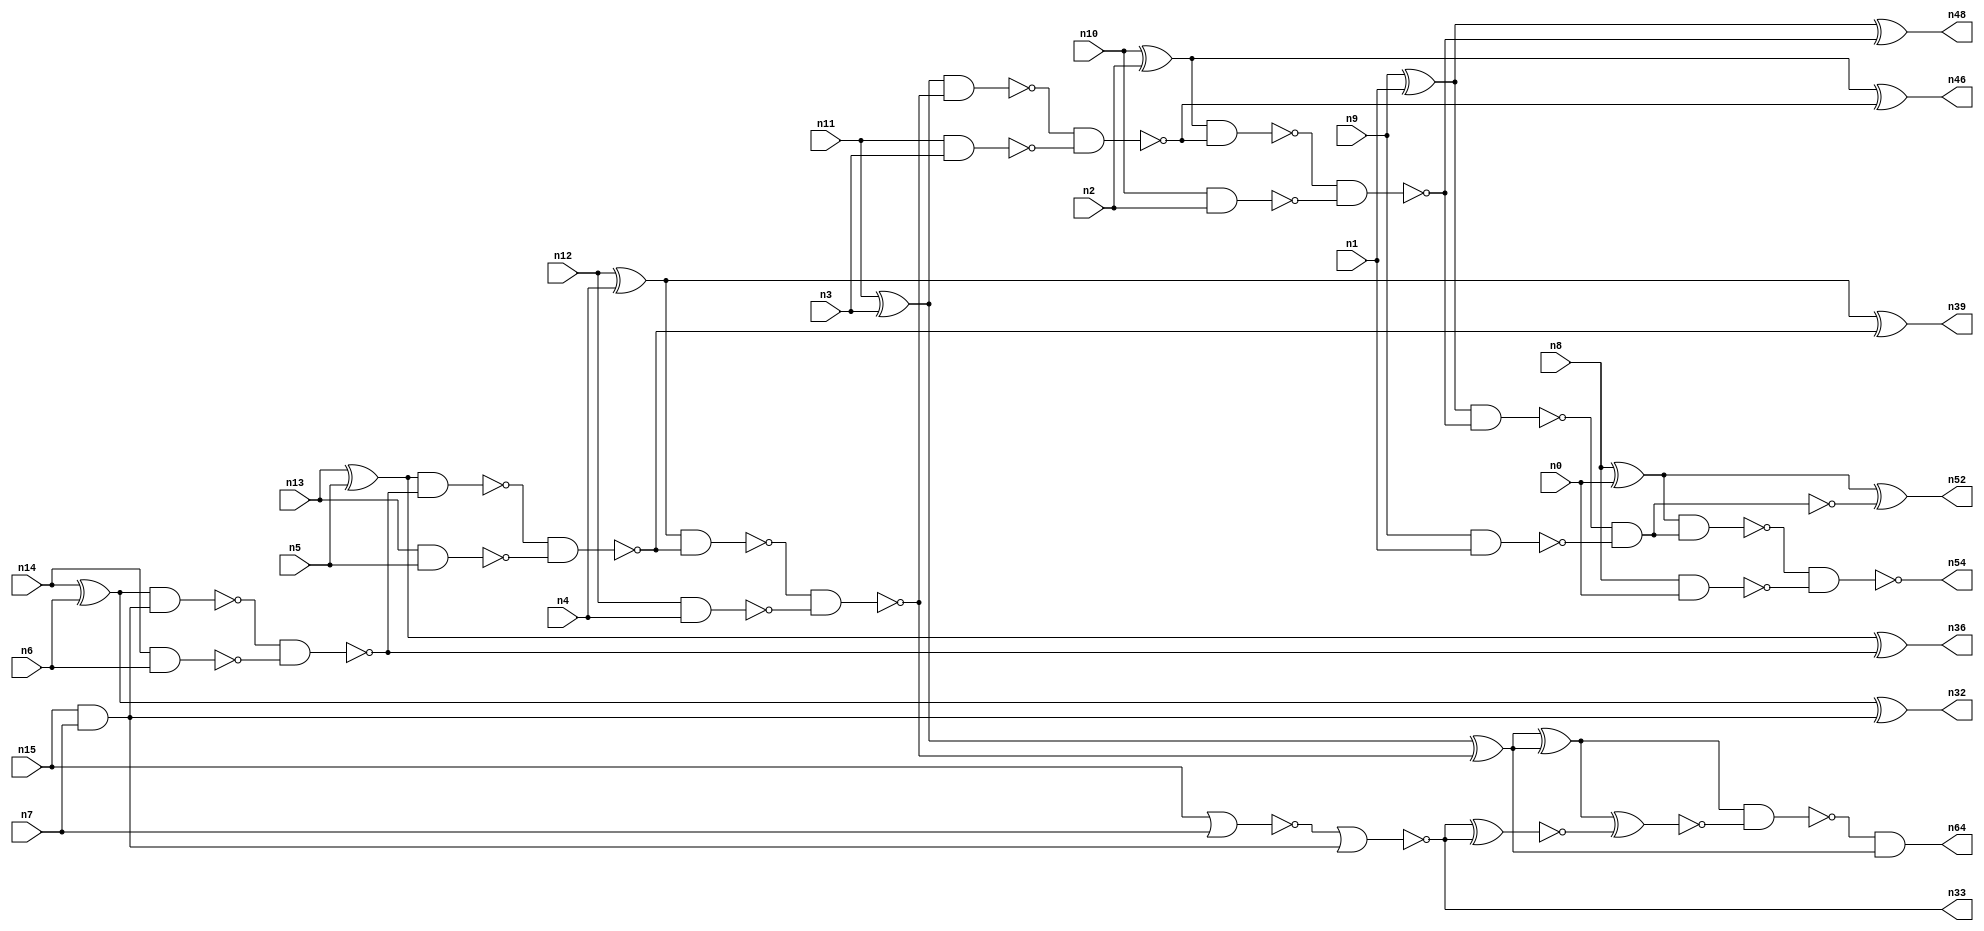
// This program was cloned from: https://github.com/umar-afzaal/ReCkt
// License: MIT License

// This file contains a pareto-optimal circuit with respect to pdp and the fault-resilince parameter p_fault which is defined as:
// "For all input vectors, the ratio of the no. of faults observable at the POs to the no. of total possible faults in the circuit".
// This code is part of the ReCkt library (https://github.com/umar-afzaal/ReCkt) distributed under The MIT License.
// When used, please cite the following article(s):
// U. Afzaal, A.S. Hassan, M. Usman and J.A. Lee, "On the Evolutionary Synthesis of Increased Fault-resilience Arithmetic Circuits".

// p_fault = 93.3 %    (Lower is better)
// gates = 44.0
// levels = 15
// area = 61.31    (For MCNC library relative to nand2)
// power = 261.3 uW    (Berkely-SIS for MCNC library @ Vdd=5V and 20 MHz clock)
// delay = 16.8 ns    (Berkely-ABC for MCNC library)
// PDP = 4.38984e-12 J

// Pin mapping:
// {n0, n1, n2, n3, n4, n5, n6, n7} = A[7:0]
// {n8, n9, n10, n11, n12, n13, n14, n15} = B[7:0]
// {n54, n52, n48, n46, n64, n39, n36, n32, n33} = O[8:0]

module addr8s_pdp_35 (
n0, n1, n2, n3, n4, n5, n6, n7, n8, n9, n10, n11, n12, n13, n14, n15, 
n54, n52, n48, n46, n64, n39, n36, n32, n33
);

input n0, n1, n2, n3, n4, n5, n6, n7, n8, n9, n10, n11, n12, n13, n14, n15;
output n54, n52, n48, n46, n64, n39, n36, n32, n33;
wire n22, n42, n28, n21, n49, n30, n16, n27, n24, n45, n20, n53, n18, n55, n51, n31, n25, n58, n41, n26, 
n37, n35, n29, n17, n38, n19, n34, n43, n62, n50, n47, n23, n40, n57, n44;

xor (n16, n14, n6);
xor (n17, n8, n0);
xor (n18, n13, n5);
xor (n19, n10, n2);
nand (n20, n14, n6);
and (n21, n15, n7);
nand (n22, n13, n5);
nand (n23, n12, n4);
xor (n24, n12, n4);
nor (n25, n15, n7);
nand (n26, n9, n1);
nand (n27, n10, n2);
nand (n28, n8, n0);
xor (n29, n11, n3);
nand (n30, n11, n3);
xor (n31, n9, n1);
xor (n32, n16, n21);
nor (n33, n25, n21);
nand (n34, n16, n21);
nand (n35, n34, n20);
xor (n36, n18, n35);
nand (n37, n18, n35);
nand (n38, n37, n22);
xor (n39, n24, n38);
nand (n40, n24, n38);
nand (n41, n40, n23);
xor (n42, n29, n41);
nand (n43, n29, n41);
nand (n44, n43, n30);
nand (n45, n19, n44);
xor (n46, n19, n44);
nand (n47, n45, n27);
xor (n48, n31, n47);
nand (n49, n31, n47);
and (n50, n49, n26);
nand (n51, n49, n26);
xor (n52, n17, n51);
nand (n53, n17, n50);
nand (n54, n53, n28);
xor (n55, n42, n42);
xnor (n57, n33, n33);
xnor (n58, n55, n57);
nand (n62, n55, n58);
and (n64, n62, n42);

endmodule